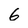
Character: 6